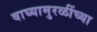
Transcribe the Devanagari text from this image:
वाघ्यामुरळींच्या